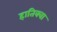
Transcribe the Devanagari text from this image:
हातिक्वा